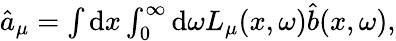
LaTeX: \begin{array}{r}{\hat{a}_{\mu}=\int\mathrm{d}x\int_{0}^{\infty}\mathrm{d}\omega L_{\mu}(x,\omega)\hat{b}(x,\omega),}\end{array}